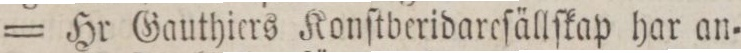
= Hr Gauthiers Konſtberidarefällſkap har an=